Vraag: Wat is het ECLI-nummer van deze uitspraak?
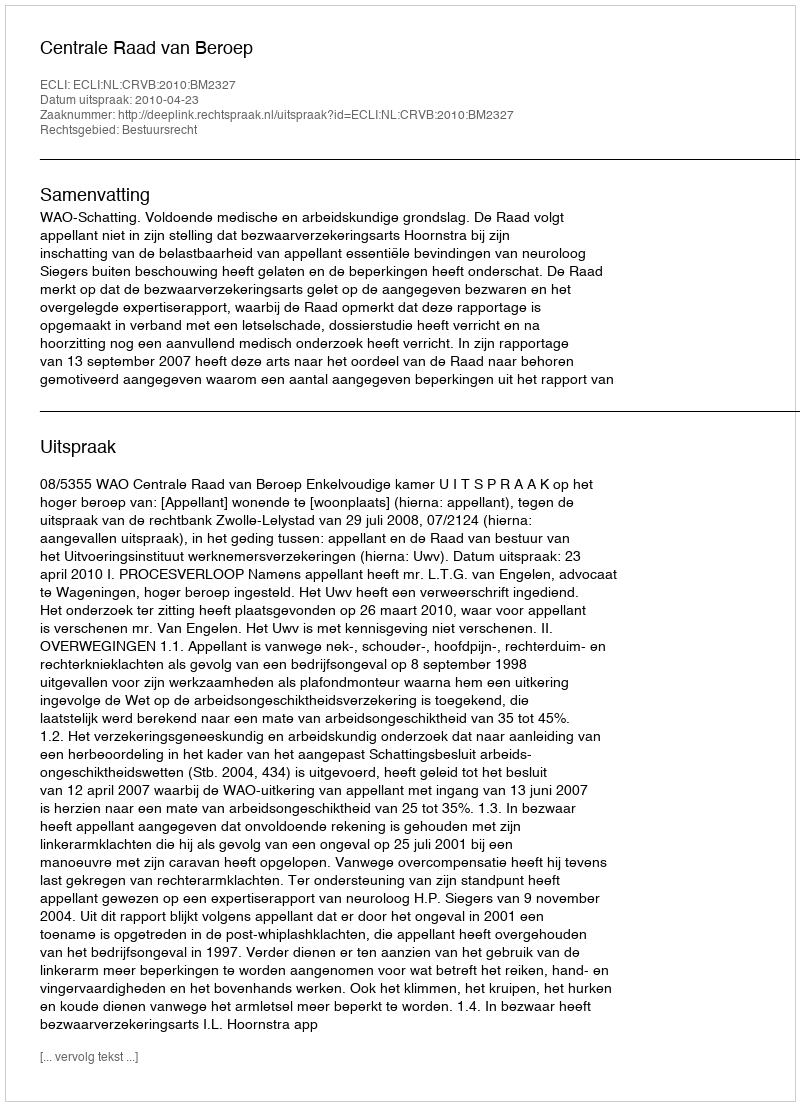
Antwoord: ECLI:NL:CRVB:2010:BM2327